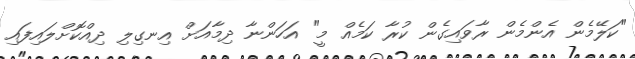
"ކަލޭމެން އެންމެން ރާވައިގެން ކުރާ ކަމެއް މީ" އަހަންނާ ދިމާއަށް އިނގިލި ދިއްކޮށްލައިފައި